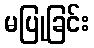
မပြုခြင်း